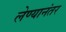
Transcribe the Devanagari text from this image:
लेण्यानंतर